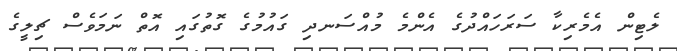
ލެޓިން އެމެރިކާ ސަރަހައްދުގެ އެންމެ މުއްސަނދި ގައުމުގެ ގޮތުގައި އޮތް ނަމަވެސް ޗިލީގެ